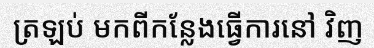
ត្រឡប់ មកពីកន្លែងធ្វើការនៅ វិញ